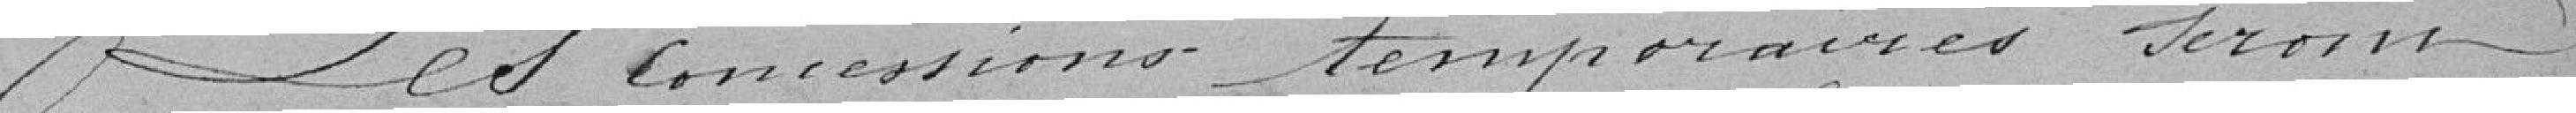
Les concessions temporaires seront